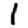
Digit: 1